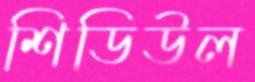
শিডিউল